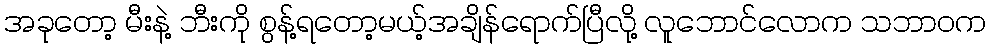
အခုတော့ မီးနဲ့ ဘီးကို စွန့်ရတော့မယ့်အချိန်ရောက်ပြီလို့ လူဘောင်လောက သဘာဝက